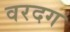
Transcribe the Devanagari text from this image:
वरदग